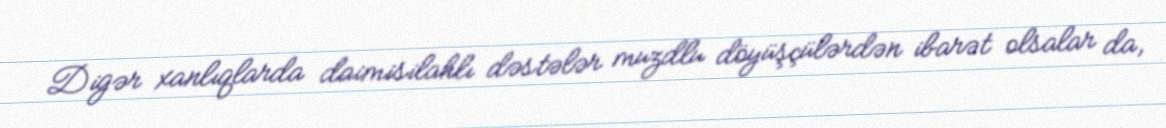
Digər xanlıqlarda daimisilahlı dəstələr muzdlu döyüşçülərdən ibarət olsalar da,